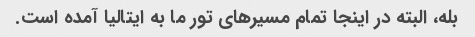
بله، البته در اینجا تمام مسیرهای تور ما به ایتالیا آمده است.